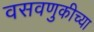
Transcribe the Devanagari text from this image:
वसवणुकीच्या